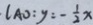
l _ { A O } : y : - \frac { 1 } { 2 } x